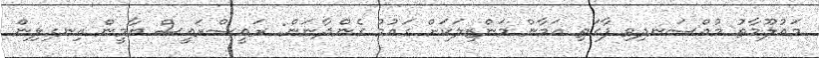
މައުލޫމާތު މުއްސަނދިވި ފާގަތި އަމާން މަންޒިލަކަށް ގައުމު ގެންދާނަން: ރައީސްރައީސް ޔާމީން އިނގިލިން